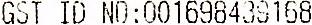
GST ID NO:001698439168